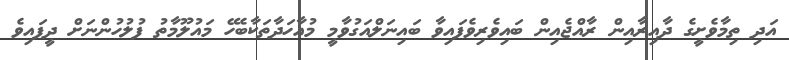
އަދި ތިމާވެށީގެ ދާއިރާއިން ރާއްޖެއިން ބައިވެރިވެފައިވާ ބައިނަލްއަގުވާމީ މުއާހަދާތަކާބެހޭ މައުލޫމާތު ފުލުހުންނަށް ދީފައިވެ